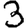
Digit: 3